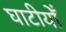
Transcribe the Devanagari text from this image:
घाटीयोँ